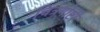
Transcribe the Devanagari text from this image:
चित्रगोष्टी